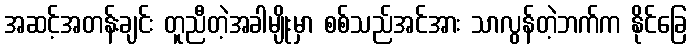
အဆင့်အတန်းချင်း တူညီတဲ့အခါမျိုးမှာ စစ်သည်အင်အား သာလွန်တဲ့ဘက်က နိုင်ခြေ